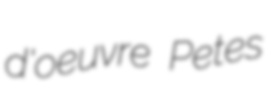
d'oeuvre Petes